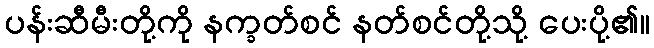
ပန်းဆီမီးတို့ကို နက္ခတ်စင် နတ်စင်တို့သို့ ပေးပို့၏။